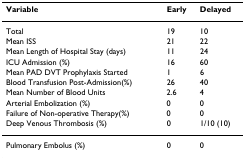
<table><thead><tr><td><b>Variable</b></td><td><b>Early</b></td><td><b>Delayed</b></td></tr></thead><tbody><tr><td>Total</td><td>19</td><td>10</td></tr><tr><td>Mean ISS</td><td>21</td><td>22</td></tr><tr><td>Mean Length of Hospital Stay (days)</td><td>11</td><td>24</td></tr><tr><td>ICU Admission (%)</td><td>16</td><td>60</td></tr><tr><td>Mean PAD DVT Prophylaxis Started</td><td>1</td><td>6</td></tr><tr><td>Blood Transfusion Post-Admission(%)</td><td>26</td><td>40</td></tr><tr><td>Mean Number of Blood Units</td><td>2.6</td><td>4</td></tr><tr><td>Arterial Embolization (%)</td><td>0</td><td>0</td></tr><tr><td>Failure of Non-operative Therapy(%)</td><td>0</td><td>0</td></tr><tr><td>Deep Venous Thrombosis (%)</td><td>0</td><td>1/10 (10)</td></tr><tr><td>Pulmonary Embolus (%)</td><td>0</td><td>0</td></tr></tbody></table>